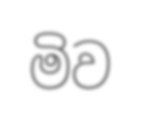
මිව